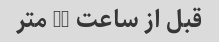
قبل از ساعت 12 متر